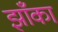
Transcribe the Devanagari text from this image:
झाँका